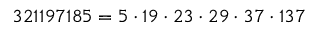
3 2 1 1 9 7 1 8 5 = 5 \cdot 1 9 \cdot 2 3 \cdot 2 9 \cdot 3 7 \cdot 1 3 7